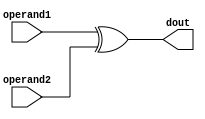
module alu_eor(
  input [15:0] operand1,
  input [15:0] operand2,
  output [15:0] dout);
  
  assign dout = operand1 ^ operand2;
  
endmodule